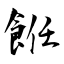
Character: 餁